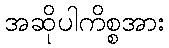
အဆိုပါကိစ္စအား